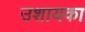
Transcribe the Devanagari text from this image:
उशायका